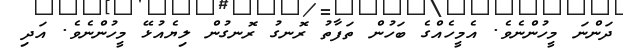
ދަންނަ މީހުންނެވެ. އެމީހެއްގެ ބަހުން ތަފާތު ރޮނގު ރޮނގުން ލިޔެއުޅޭ މީހުންނެވެ. އަދި